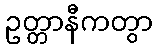
ဥတ္တာနီကတွာ